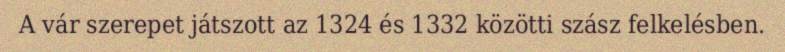
A vár szerepet játszott az 1324 és 1332 közötti szász felkelésben.